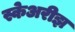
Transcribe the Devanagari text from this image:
स्केअरीझ